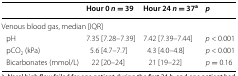
|  | Hour 0 n = 39 | Hour 24 n = 37a | p |
 | --- | --- | --- | --- |
 | <COLSPAN=4> Venous blood gas, median [IQR] |
 | pH | 7.35 [7.28–7.39] | 7.42 [7.39–7.44] | p < 0.001 |
 | pCO2 (kPa) | 5.6 [4.7–7.7] | 4.3 [4.0–4.8] | p < 0.001 |
 | Bicarbonates (mmol/L) | 22 [20–24] | 21 [19–22] | p = 0.16 |